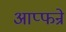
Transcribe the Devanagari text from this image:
आप्फन्रे